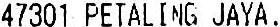
47301 PETALING JAYA.